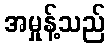
အမှုန့်သည်